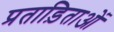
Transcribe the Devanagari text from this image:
प्रताड़िताओं